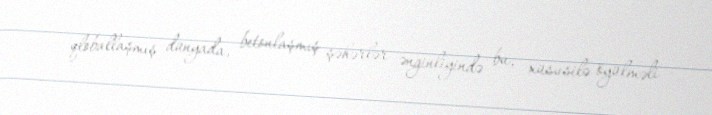
qloballaşmış dünyada, betonlaşmış şəhərlər ənginliyində bu, xüsusilə öyülməli